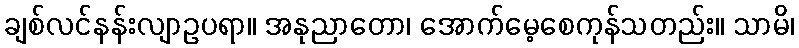
ချစ်လင်နန်းလျာဥပရာ။ အနုညာတော၊ အောက်မေ့စေကုန်သတည်း။ သာမိ၊